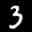
Label: 3